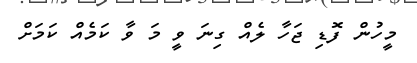
މީހުން ފޮޑި ޖަހާ ލެއް ގިނަ ވީ މަ ވާ ކަމެއް ކަމަށް